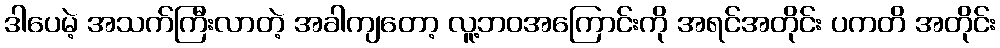
ဒါပေမဲ့ အသက်ကြီးလာတဲ့ အခါကျတော့ လူ့ဘဝအကြောင်းကို အရင်အတိုင်း ပကတိ အတိုင်း